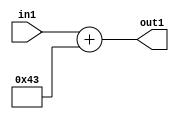
`timescale 1ps / 1ps
/*****************************************************************************
    Verilog RTL Description
    
    
    Created by: Stratus DpOpt 2019.1.01 
*******************************************************************************/

module DC_Filter_Add_12U_181_4 (
	in1,
	out1
	); /* architecture "behavioural" */ 
input [11:0] in1;
output [11:0] out1;
wire [11:0] asc001;

assign asc001 = 
	+(in1)
	+(12'B000001000011);

assign out1 = asc001;
endmodule

/* CADENCE  urnySAo= : u9/ySgnWtBlWxVPRXgAZ4Og= ** DO NOT EDIT THIS LINE ******/